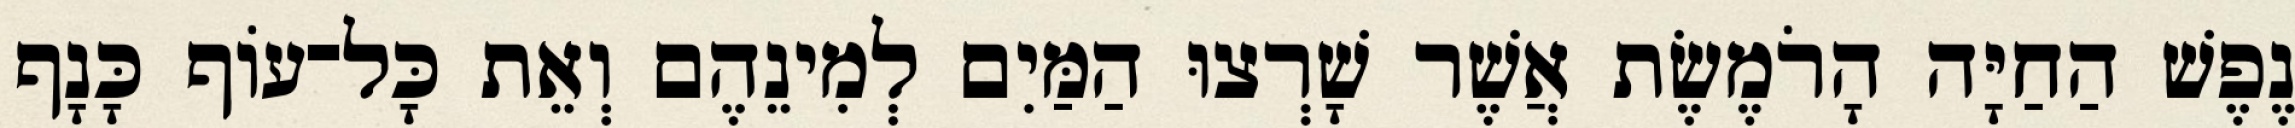
נֶפֶשׁ הַחַיָּה הָרֹמֶשֶׂת אֲשֶׁר שָׁרְצוּ הַמַּיִם לְמִינֵהֶם וְאֵת כָּל־עֹוף כָּנָף